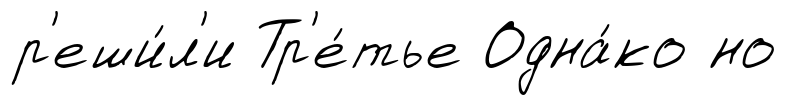
р'еши́л'и Тр'е́тье Одна́ко но